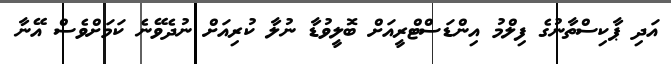
އަދި ޕާކިސްތާނުގެ ފިލްމު އިންޑަސްޓްރީއަށް ބޮލީވުޑާ ނުލާ ކުރިއަށް ނުދެވޭނެ ކަމަށްވެސް އޭނާ